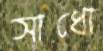
সাধো